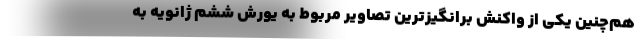
هم‌چنین یکی از واکنش برانگیزترین تصاویر مربوط به یورش ششم ژانویه به